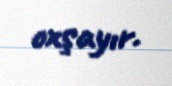
oxşayır.